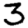
Digit: 3